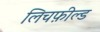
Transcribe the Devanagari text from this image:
लिचफ़ील्ड